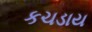
કચડાય